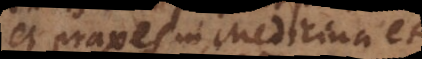
et praxes in Medicina et